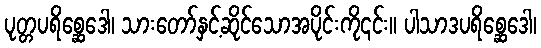
ပုတ္တပရိစ္ဆေဒေါ၊ သားတော်နှင့်ဆိုင်သောအပိုင်းကို၎င်း။ ပါသာဒပရိစ္ဆေဒေါ၊